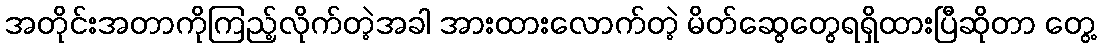
အတိုင်းအတာကိုကြည့်လိုက်တဲ့အခါ အားထားလောက်တဲ့ မိတ်ဆွေတွေရရှိထားပြီဆိုတာ တွေ့